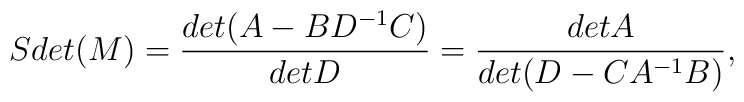
Sdet(M)={det(A-BD^{-1}C) \over detD}={detA \over det(D-CA^{-1}B)},